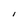
Character: I